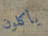
يأكلون